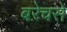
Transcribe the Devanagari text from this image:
बऱेचसे